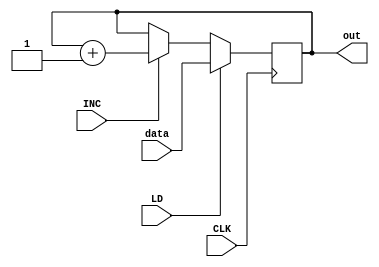
module SequenceCounter(LD, INC, data, CLK, out);

	input LD, INC, CLK;
	input [2:0] data;
	output reg [2:0] out;

	always @ (posedge CLK)
		begin
			if(LD)
				out = data;
			else if(INC)
				out = out + 3'b001;
		end
		
endmodule